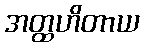
အတ္ထဟိတာယ